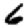
Digit: 6